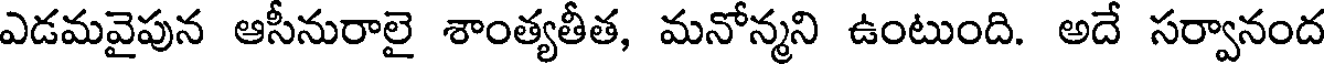
ఎడమవైపున ఆసీనురాలై శాంత్యతీత, మనోన్మని ఉంటుంది. అదే సర్వానంద